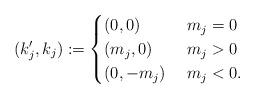
LaTeX: \begin{gather*}(k_j^{\prime},k_j) := \begin{cases} (0,0) & ~m_j =0\\(m_j,0) & ~m_j > 0\\(0,-m_j) & ~m_j < 0.\end{cases}\end{gather*}